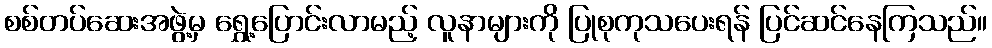
စစ်တပ်ဆေးအဖွဲ့မှ ရွှေ့ပြောင်းလာမည့် လူနာများကို ပြုစုကုသပေးရန် ပြင်ဆင်နေကြသည်။